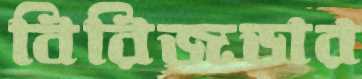
বিরিজডার